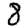
Digit: 8